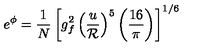
e ^ { \phi } = { \frac { 1 } { N } } \left[ g _ { f } ^ { 2 } \left( { \frac { u } { \cal R } } \right) ^ { 5 } \left( { \frac { 1 6 } { \pi } } \right) \right] ^ { 1 / 6 } \,